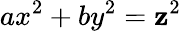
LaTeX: ax^{2}+by^{2}=\mathbf{z}^{2}